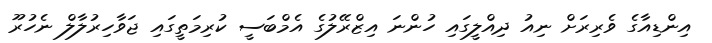
އިންޑިއާގެ ވެރިރަށް ނިއު ދިއްލީގައި ހުންނަ އިޒްރޭލުގެ އެމްބަސީ ކުރިމަތީގައި ޖަވާހިރުލާލް ނެހުރޫ